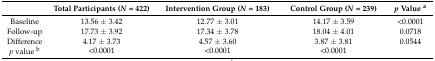
<table><thead><tr><td></td><td><b>Total Participants (<i>N</i> = 422)</b></td><td><b>Intervention Group (<i>N</i> = 183)</b></td><td><b>Control Group (<i>N</i> = 239)</b></td><td><b><i>p</i> Value <sup>a</sup></b></td></tr></thead><tbody><tr><td>Baseline</td><td>13.56 ± 3.42</td><td>12.77 ± 3.01</td><td>14.17 ± 3.59</td><td>&lt;0.0001</td></tr><tr><td>Follow-up</td><td>17.73 ± 3.92</td><td>17.34 ± 3.78</td><td>18.04 ± 4.01</td><td>0.0718</td></tr><tr><td>Difference</td><td>4.17 ± 3.73</td><td>4.57 ± 3.60</td><td>3.87 ± 3.81</td><td>0.0544</td></tr><tr><td><i>p</i> value <sup>b</sup></td><td>&lt;0.0001</td><td>&lt;0.0001</td><td>&lt;0.0001</td><td></td></tr></tbody></table>